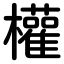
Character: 權